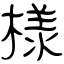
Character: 様